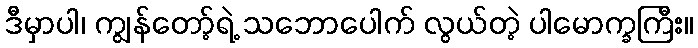
ဒီမှာပါ၊ ကျွန်တော့်ရဲ့ သဘောပေါက် လွယ်တဲ့ ပါမောက္ခကြီး။